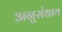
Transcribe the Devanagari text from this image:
अनुसंधाय